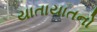
યાતાયાતનો